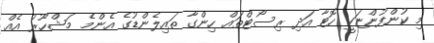
މި ކުންފުންޏަކީ ހޮޓާ އަދި ރިސޯޓްތައް ހިންގާ ތައިލެންޑުގެ އެންމެ މަޝްހޫރު އެއް